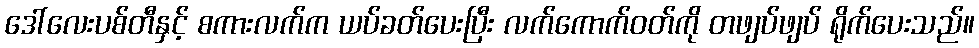
ဒေါ်လေးပစ်တီနှင့် စကားလက်က ယပ်ခတ်ပေးပြီး လက်ကောက်ဝတ်ကို တဖျပ်ဖျပ် ရိုက်ပေးသည်။